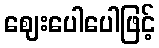
ဈေးပေါပေါဖြင့်